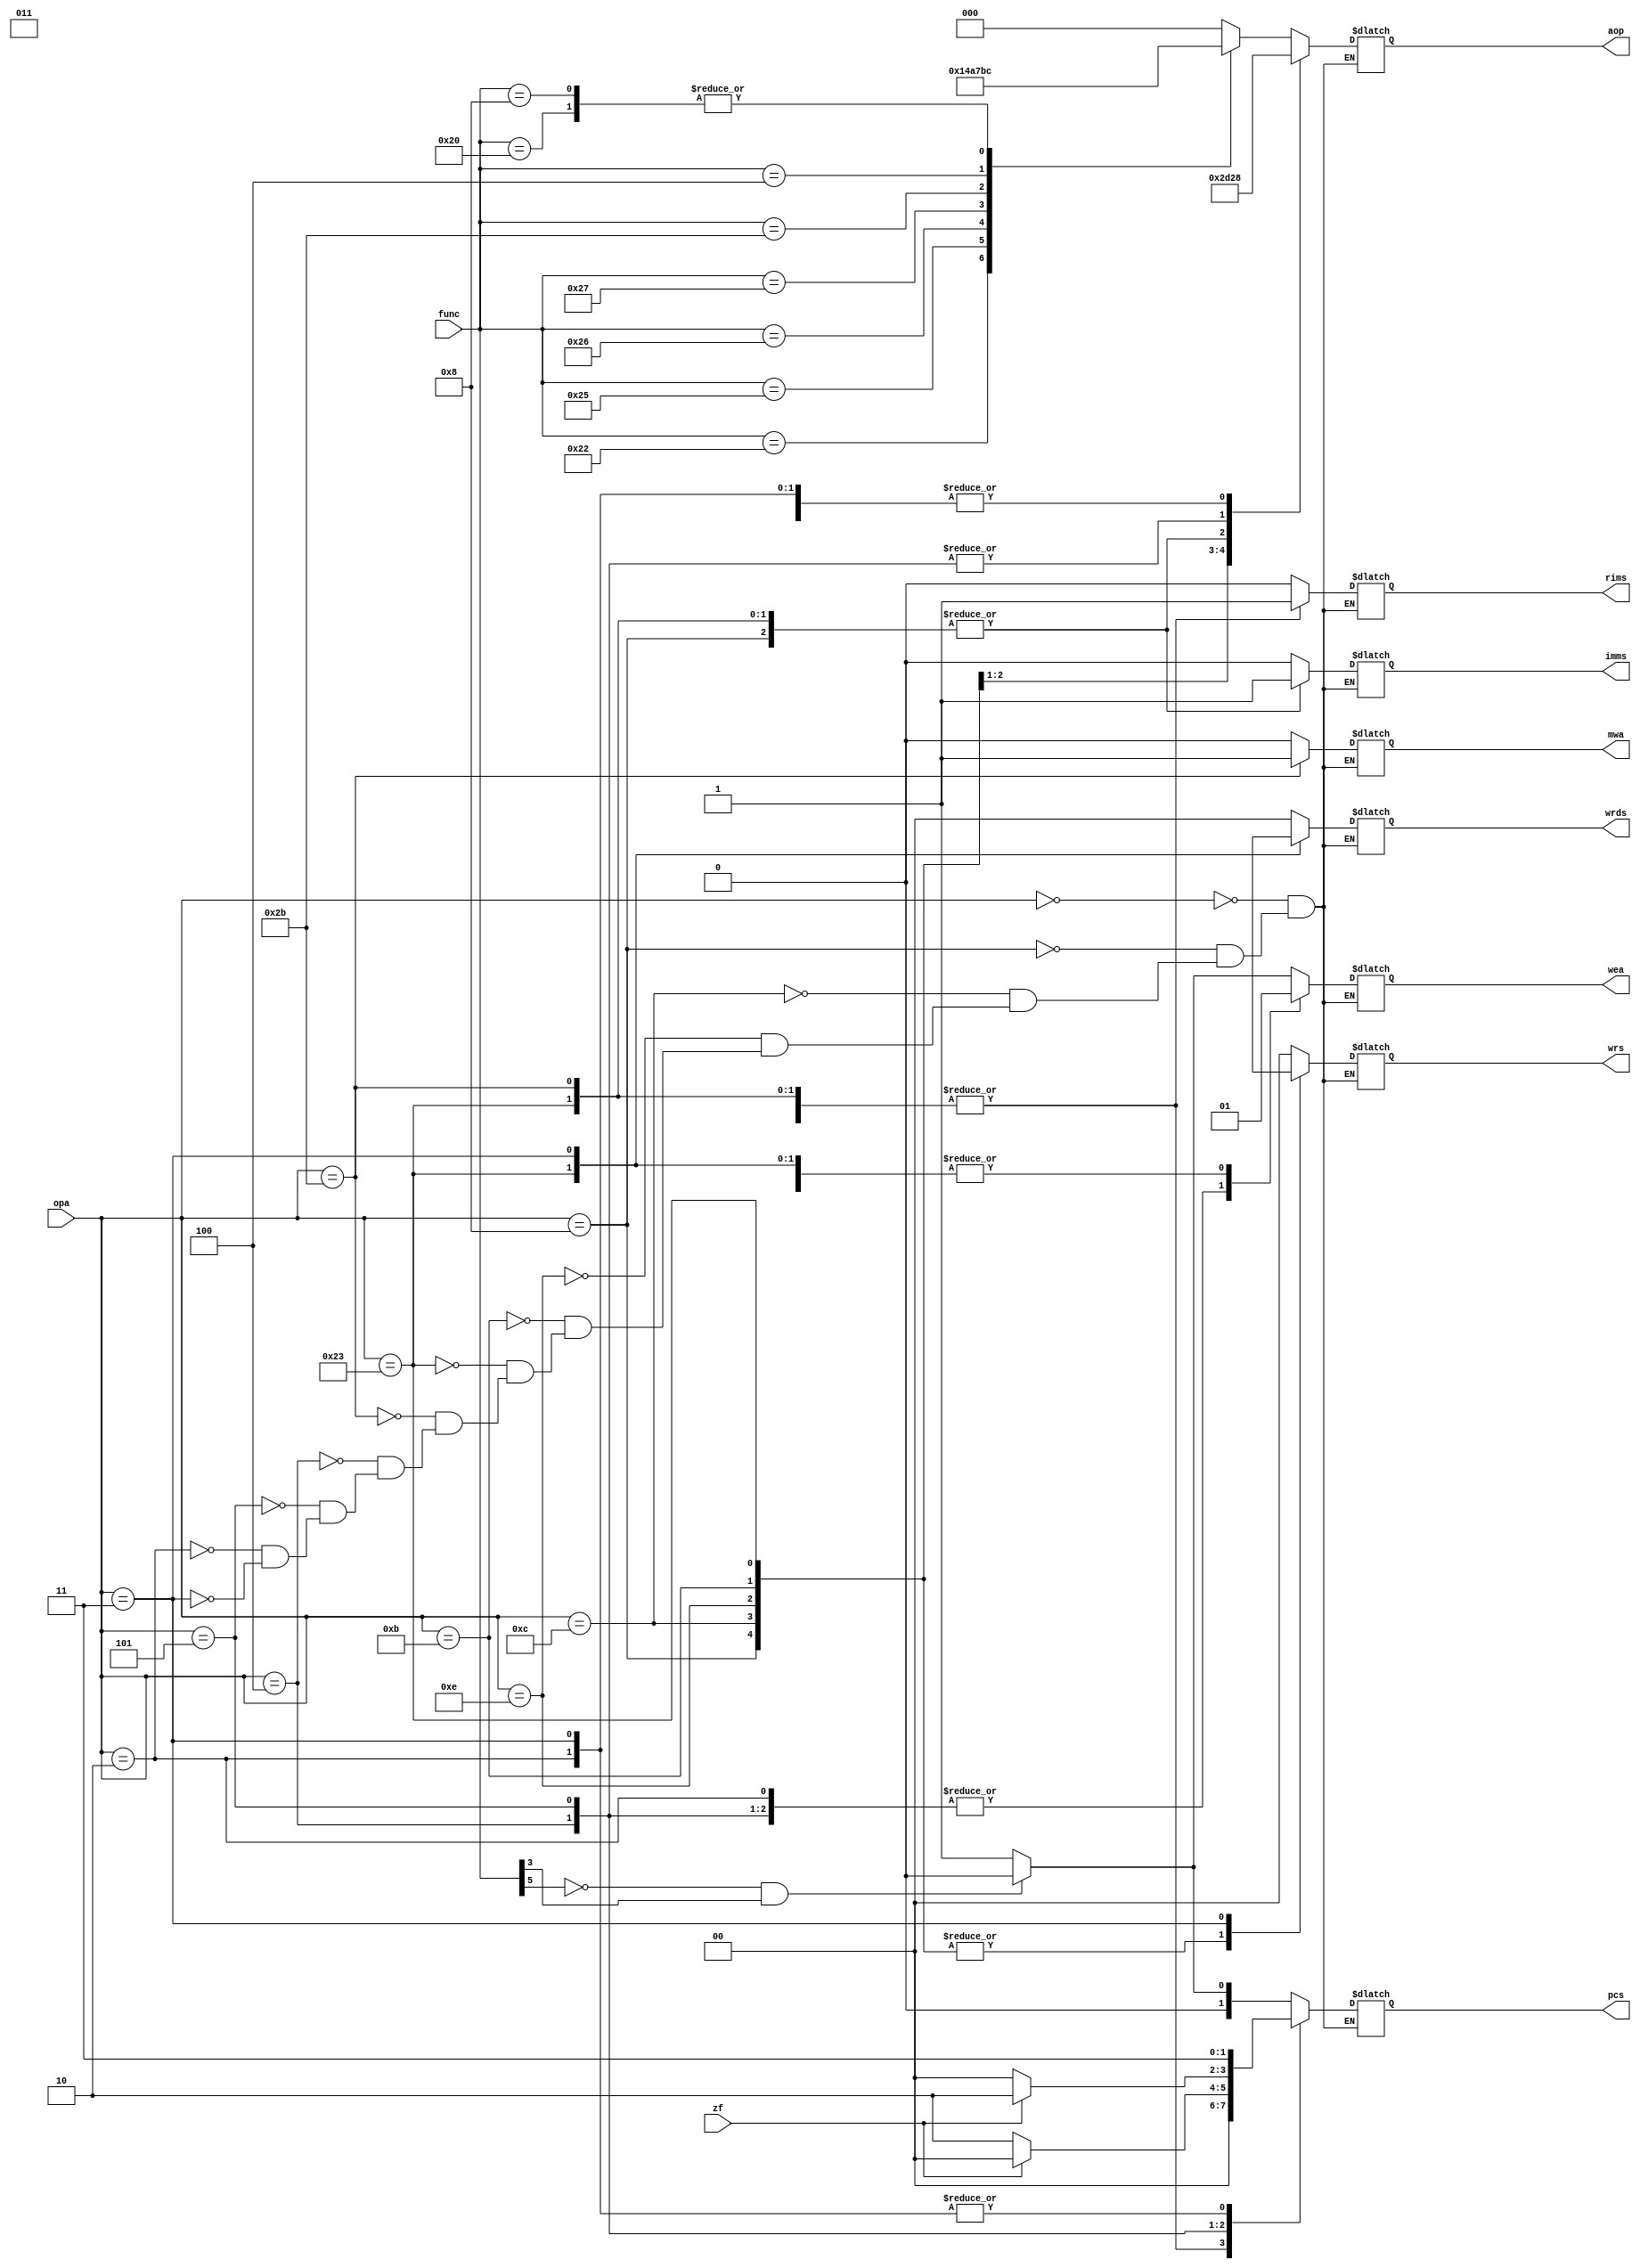
`timescale 1ns / 1ps
//////////////////////////////////////////////////////////////////////////////////
// Company: 
// Engineer: 
// 
// Design Name: 
// Module Name:    TRANSLATE_CONTROL 
// Project Name: 
// Target Devices: 
// Tool versions: 
// Description: 
//
// Dependencies: 
//
// Revision: 
// Revision 0.01 - File Created
// Additional Comments: 
//
//////////////////////////////////////////////////////////////////////////////////
module TRANSLATE_CONTROL(
  opa,
  func,
  zf,
  wrs,
  imms,
  rims,
  wrds,
  aop,
  wea,
  mwa,
  pcs
  );

  input [5 : 0] opa;
  input [5 : 0] func;
  input zf;
  output reg [1 : 0] wrs;
  output reg imms;
  output reg rims;
  output reg [1 : 0] wrds;
  output reg [2 : 0] aop;
  output reg wea;
  output reg mwa;
  output reg [1 : 0] pcs;

  always @(*) begin
    case (opa)
      6'b000000: begin
        case (func)
          6'b100000: aop = 3'b100;
          6'b100010: aop = 3'b101;
          6'b100100: aop = 3'b000;
          6'b100101: aop = 3'b001;
          6'b100110: aop = 3'b010;
          6'b100111: aop = 3'b011;
          6'b101011: aop = 3'b110;
          6'b000100: aop = 3'b111;
          6'b001000: aop = 3'b100;
          default: aop = 3'b000;
        endcase
        wrs = 2'b00;
        imms = 0;
        rims = 0;
        wrds = 2'b00;
        wea = (~func[5] && func[3])? 0 : 1;
        mwa = 0;
        pcs = (~func[5] && func[3])? 2'b00 : 2'b01;
      end
      6'b001000: begin
        wrs = 2'b01;
        imms = 1;
        rims = 1;
        wrds = 2'b00;
        aop = 3'b100;
        wea = 1;
        mwa = 0;
        pcs = 2'b00;
      end
      6'b001100: begin
        wrs = 2'b01;
        imms = 0;
        rims = 1;
        wrds = 2'b00;
        aop = 3'b000;
        wea = 1;
        mwa = 0;
        pcs = 2'b00;
      end
      6'b001110: begin
        wrs = 2'b01;
        imms = 0;
        rims = 1;
        wrds = 2'b00;
        aop = 3'b010;
        wea = 1;
        mwa = 0;
        pcs = 2'b00;
      end
      6'b001011: begin
        wrs = 2'b01;
        imms = 0;
        rims = 1;
        wrds = 2'b00;
        aop = 3'b110;
        wea = 1;
        mwa = 0;
        pcs = 2'b00;
      end
      6'b100011: begin
        wrs = 2'b01;
        imms = 1;
        rims = 1;
        wrds = 2'b01;
        aop = 3'b100;
        wea = 1;
        mwa = 0;
        pcs = 2'b00;
      end
      6'b101011: begin
        wrs = 2'b00;
        imms = 1;
        rims = 1;
        wrds = 2'b00;
        aop = 3'b100;
        wea = 0;
        mwa = 1;
        pcs = 2'b00;
      end
      6'b000100: begin
        wrs = 2'b00;
        imms = 0;
        rims = 0;
        wrds = 2'b00;
        aop = 3'b101;
        wea = 0;
        mwa = 0;
        pcs = (zf)? 2'b00 : 2'b10;
      end
      6'b000101: begin
        wrs = 2'b00;
        imms = 0;
        rims = 0;
        wrds = 2'b00;
        aop = 3'b101;
        wea = 0;
        mwa = 0;
        pcs = (zf)? 2'b10 : 2'b00;
      end
      6'b000010: begin
        wrs = 2'b00;
        imms = 0;
        rims = 0;
        wrds = 2'b00;
        aop = 3'b000;
        wea = 0;
        mwa = 0;
        pcs = 2'b11;
      end
      6'b000011: begin
        wrs = 2'b1X;
        imms = 0;
        rims = 0;
        wrds = 2'b1X;
        aop = 3'b000;
        wea = 1;
        mwa = 0;
        pcs = 2'b11;
      end
    endcase
  end

endmodule